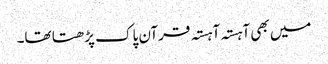
میں بھی آہستہ آہستہ قرآن پاک پڑھتا تھا۔